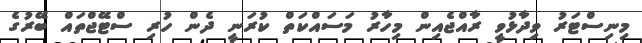
މިނިސްޓަރު ވިދާޅުވީ ރާއްޖެއިން މިހާރު މަސައްކަތް ކުރަނީ ދެން ހުރި ސްޓޭޖްތައް ބޭރުގެ